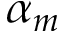
\alpha _ { m }